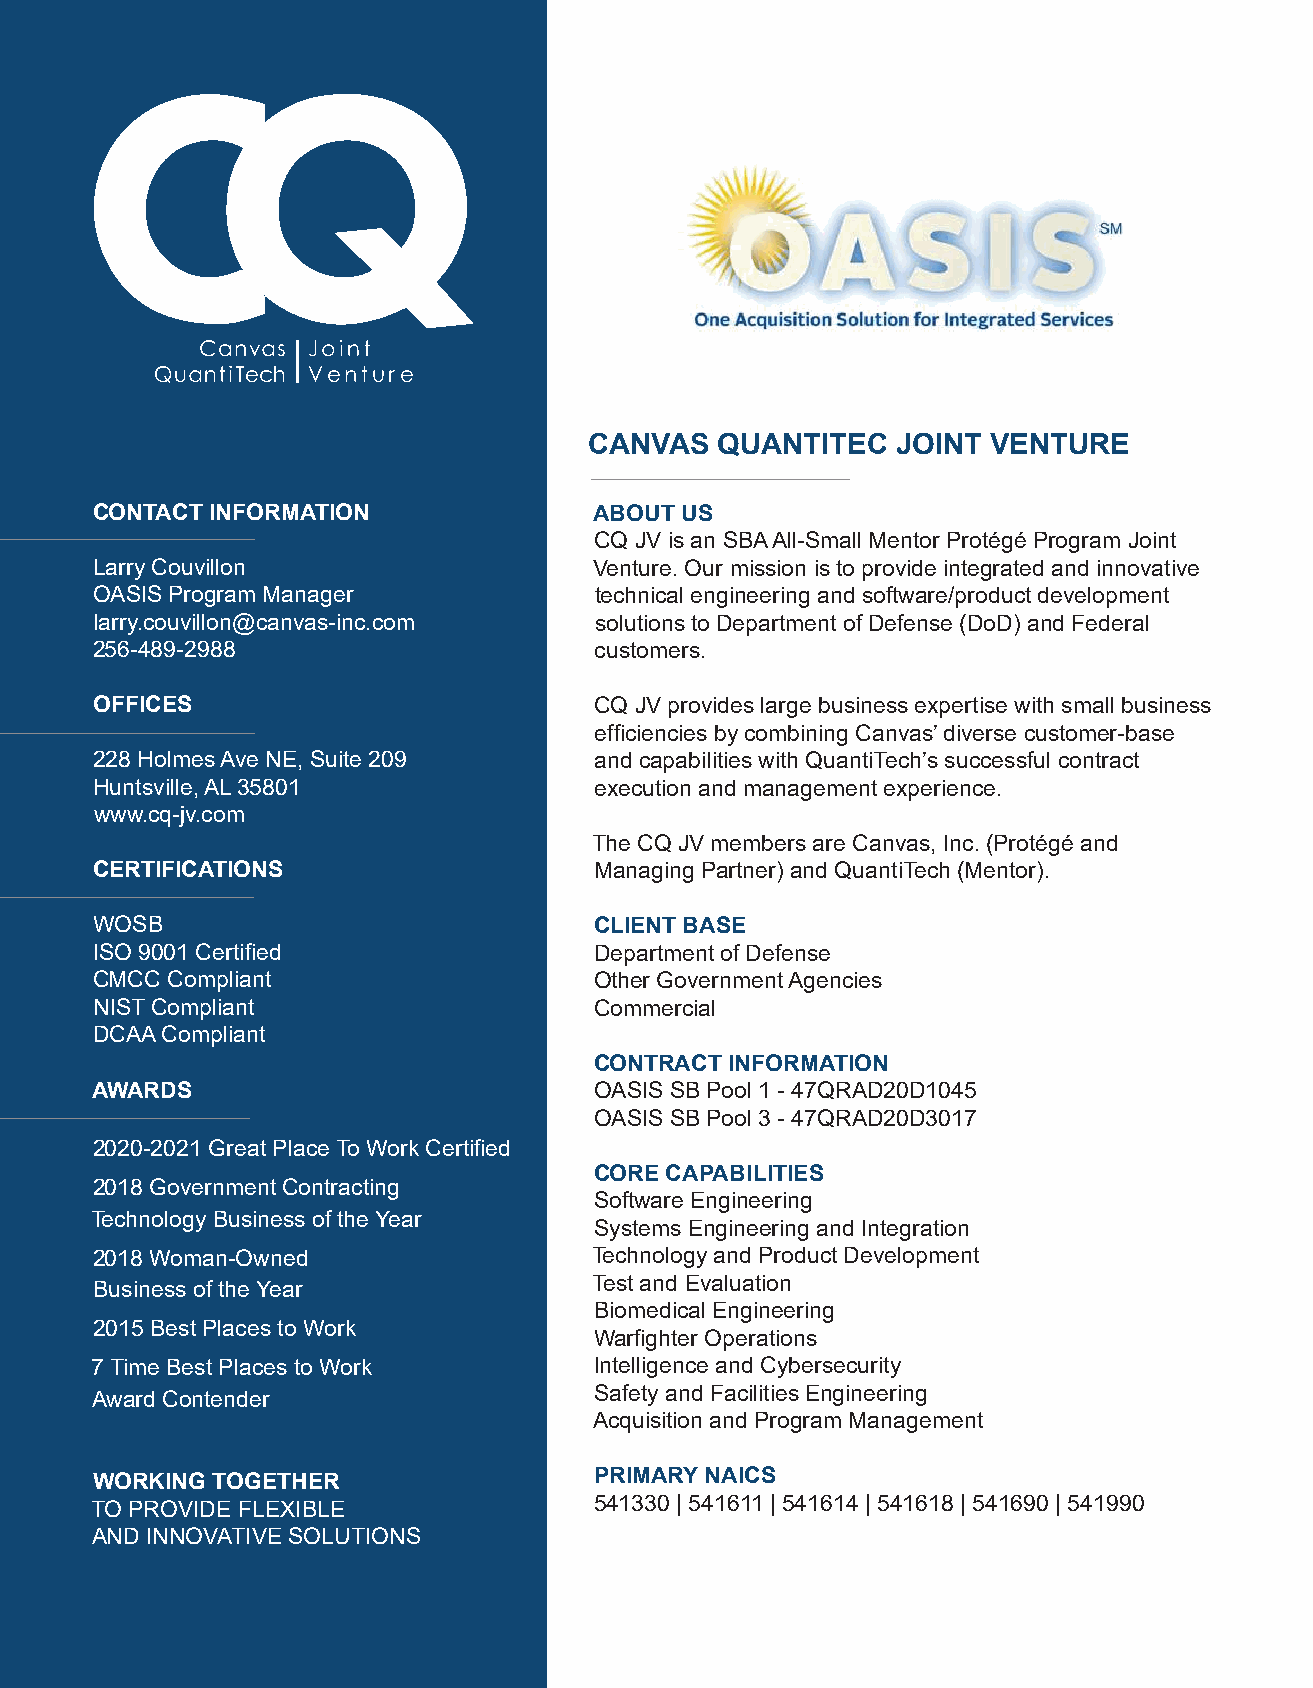
CANVAS  QUANTITEC   JOINT  VENTURE
 CONTACT INFORMATION              ABOUT US
 CQ JV is an SBA All-Small Mentor Protégé Program Joint
 Larry Couvillon                  Venture. Our mission is to provide integrated and innovative
 OASIS Program Manager            technical engineering and software/product development
 larry.couvillon@canvas-inc.com   solutions to Department of Defense (DoD) and Federal
 256-489-2988                     customers.
 OFFICES                          CQ JV provides large business expertise with small business
 efficiencies by combining Canvas’ diverse customer-base
 228 Holmes Ave NE, Suite 209     and capabilities with QuantiTech’s successful contract
 Huntsville, AL 35801             execution and management experience.
 www.cq-jv.com
 The CQ JV members are Canvas, Inc. (Protégé and
 CERTIFICATIONS                   Managing Partner) and QuantiTech (Mentor).
 WOSB                             CLIENT BASE
 ISO 9001 Certified               Department of Defense
 CMCC Compliant                   Other Government Agencies
 NIST Compliant                   Commercial
 DCAA Compliant
 CONTRACT INFORMATION
 AWARDS                           OASIS SB Pool 1 - 47QRAD20D1045
 OASIS SB Pool 3 - 47QRAD20D3017
 2020-2021 Great Place To Work Certified
 CORE CAPABILITIES
 2018 Government Contracting
 Software Engineering
 Technology Business of the Year
 Systems Engineering and Integration
 2018 Woman-Owned                 Technology and Product Development
 Business of the Year             Test and Evaluation
 Biomedical Engineering
 2015 Best Places to Work
 Warfighter Operations
 7 Time Best Places to Work       Intelligence and Cybersecurity
 Award Contender                  Safety and Facilities Engineering
 Acquisition and Program Management
 WORKING TOGETHER                 PRIMARY NAICS
 TO PROVIDE FLEXIBLE              541330 | 541611 | 541614 | 541618 | 541690 | 541990
 AND INNOVATIVE SOLUTIONS